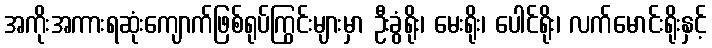
အကိုးအကားရဆုံးကျောက်ဖြစ်ရုပ်ကြွင်းများမှာ ဦးခွံရိုး၊ မေးရိုး၊ ပေါင်ရိုး၊ လက်မောင်းရိုးနှင့်